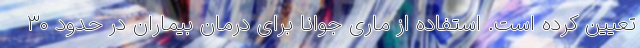
تعیین کرده است. استفاده از ماری جوانا برای درمان بیماران در حدود ۳۰